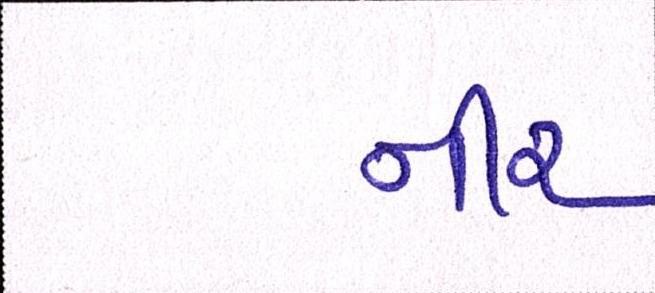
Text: નીર